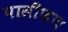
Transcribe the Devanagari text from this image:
पासीफ़ाए